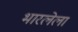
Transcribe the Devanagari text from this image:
भारलेला